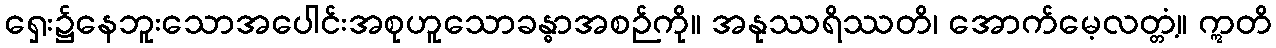
ရှေး၌နေဘူးသောအပေါင်းအစုဟူသောခန္ဓာအစဉ်ကို။ အနုဿရိဿတိ၊ အောက်မေ့လတ္တံ့။ ဣတိ